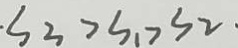
S _ { 3 } > s _ { 1 } > 3 2